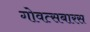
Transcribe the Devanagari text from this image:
गोवत्सबारस